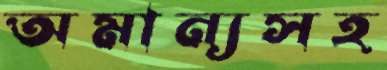
অমান্যসহ